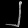
Digit: ၂